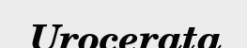
Urocerata